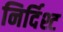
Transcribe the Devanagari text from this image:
निर्दिश्ट